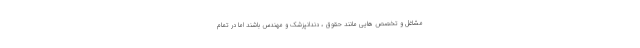
مشاغل و تخصص هایی مانند حقوق ، دندانپزشک و مهندس باشند اما در تمام